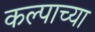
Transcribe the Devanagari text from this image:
कल्पाच्या